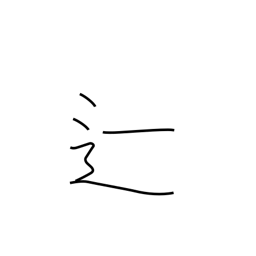
Meaning: fail in exams